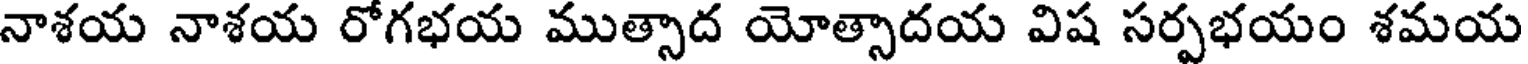
నాశయ నాశయ రోగభయ ముత్సాద యోత్సాదయ విష సర్పభయం శమయ